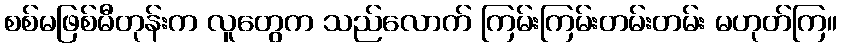
စစ်မဖြစ်မီတုန်းက လူတွေက သည်လောက် ကြမ်းကြမ်းတမ်းတမ်း မဟုတ်ကြ။